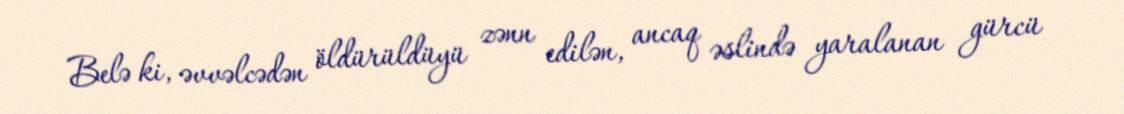
Belə ki, əvvəlcədən öldürüldüyü zənn edilən, ancaq əslində yaralanan gürcü